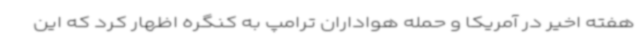
هفته اخیر در آمریکا و حمله هواداران ترامپ به کنگره اظهار کرد که این